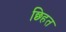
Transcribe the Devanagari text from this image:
छ्हित